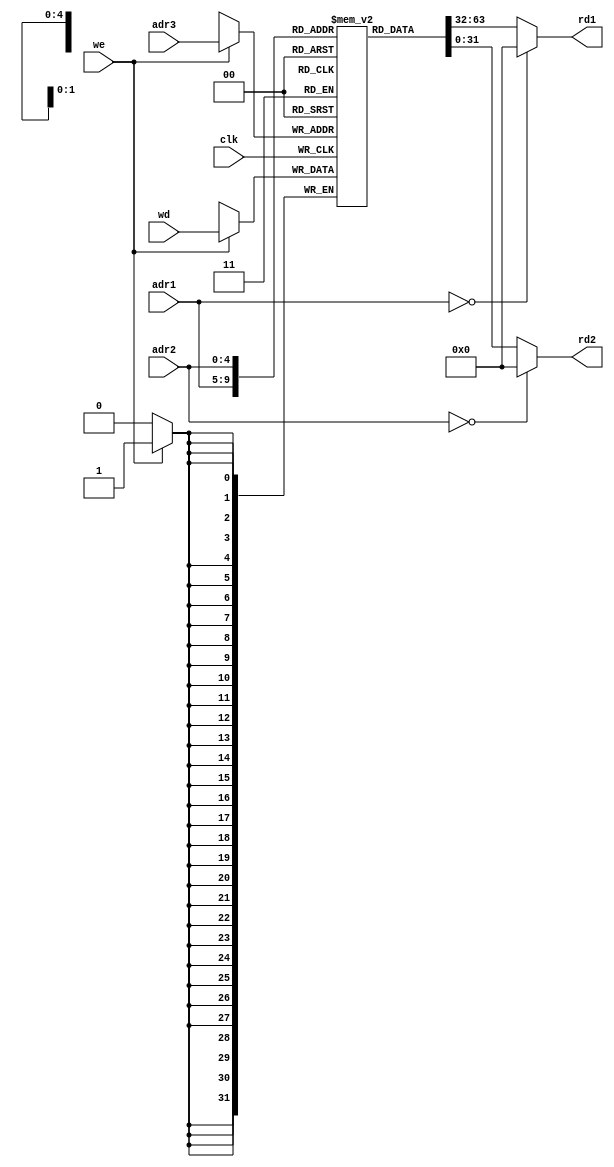
`timescale 1ns / 1ps

module RF(
                input         clk,
                input  [4:0]  adr1,
                input  [4:0]  adr2,
                input  [4:0]  adr3,
                input  [31:0] wd,
                input         we,
                output [31:0] rd1,
                output [31:0] rd2
                //output [31:0] register1,
                //output [31:0] register2
//                output [31:0] register3
    );

reg [31:0] RAM [0:31];

assign rd1 = ( adr1 == 5'b00000 ) ? 32'b00000000000000000000000000000000 : RAM[adr1];
assign rd2 = ( adr2 == 5'b00000 ) ? 32'b00000000000000000000000000000000 : RAM[adr2];

//assign register1 = RAM[1];
//assign register2 = RAM[2];
//assign register3 = RAM[3];

always@ (posedge clk)
    if (we) RAM[adr3] <= wd;

endmodule